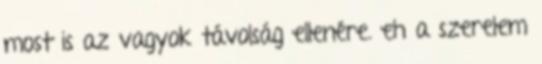
most is az vagyok távolság ellenére. eh a szerelem